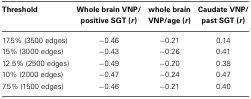
<table><thead><tr><td><b>Threshold</b></td><td><b>Whole brain VNP/positive SGT (<i>r</i>)</b></td><td><b>whole brain VNP/age (<i>r</i>)</b></td><td><b>Caudate VNP/past SGT (<i>r</i>)</b></td></tr></thead><tbody><tr><td>17.5% (3500 edges)</td><td>−0.46</td><td>−0.21</td><td>0.14</td></tr><tr><td>15% (3000 edges)</td><td>−0.43</td><td>−0.26</td><td>0.41</td></tr><tr><td>12.5% (2500 edges)</td><td>−0.49</td><td>−0.20</td><td>0.38</td></tr><tr><td>10% (2000 edges)</td><td>−0.47</td><td>−0.24</td><td>0.47</td></tr><tr><td>7.5% (1500 edges)</td><td>−0.46</td><td>−0.21</td><td>0.40</td></tr></tbody></table>